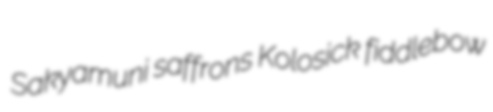
Sakyamuni saffrons Kolosick fiddlebow